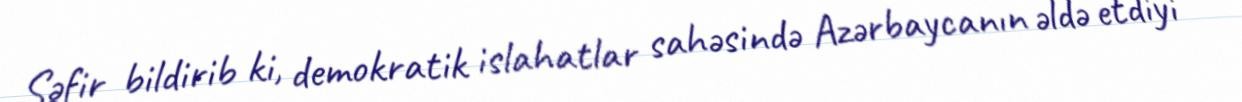
Səfir bildirib ki, demokratik islahatlar sahəsində Azərbaycanın əldə etdiyi